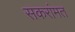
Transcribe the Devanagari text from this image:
सकरांमत